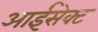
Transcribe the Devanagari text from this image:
आईसेक्ट